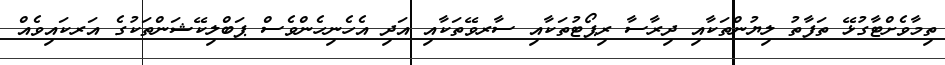
ތިމާވެށްޓާގުޅޭ ތަފާތު ލިޔުންތަކާއި ދިރާސާ ރިޕޯޓުތަކާއި ސާރވޭތަކާއި އަދި އެހެނިހެންވެސް ޕަބްލިކޭޝަންތަކުގެ އަރކައިވެއް